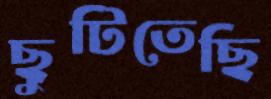
ছুটিতেছি